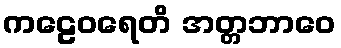
ကဠေဝရေတိ အတ္တဘာဝေ